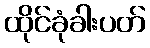
ထိုင်ခုံခါးပတ်